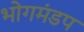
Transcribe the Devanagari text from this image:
भोगमंडप